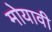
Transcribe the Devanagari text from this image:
मोयावी